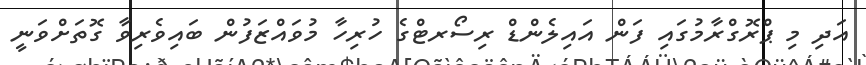
އަދި މި ޕްރޮގްރާމުގައި ފަން އައިލެންޑް ރިސޯރޓްގެ ހުރިހާ މުވައްޒަފުން ބައިވެރިވާ ގޮތަށްވަނީ